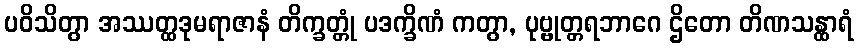
ပဝိသိတွာ အဿတ္ထဒုမရာဇာနံ တိက္ခတ္တုံ ပဒက္ခိဏံ ကတွာ, ပုဗ္ဗုတ္တရဘာဂေ ဌိတော တိဏသန္ထာရံ